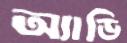
অ্যাডি